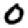
Digit: 0